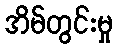
အိမ်တွင်းမှု